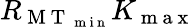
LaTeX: R_{\mathrm{~M~T~}_{\mathrm{~m~i~n~}}}K_{\mathrm{~m~a~x~}}